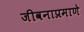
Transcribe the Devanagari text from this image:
जीवनाप्रमाणे